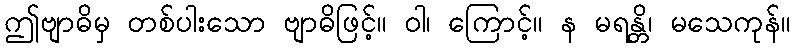
ဤဗျာဓိမှ တစ်ပါးသော ဗျာဓိဖြင့်။ ဝါ၊ ကြောင့်။ န မရန္တိ၊ မသေကုန်။